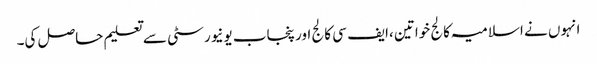
انہوں نے اسلامیہ کالج خواتین ،ایف سی کالج اور پنجاب یونیورسٹی سے تعلیم حاصل کی۔